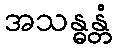
အသန္ဓန္တံ